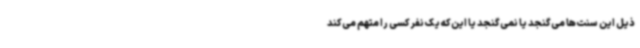
ذیل این سنت‌ها می‌گنجد یا نمی‌گنجد یا این‌که یک نفر کسی را متهم می‌کند